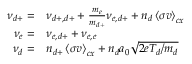
\begin{array} { r l } { \nu _ { d + } = } & { \nu _ { d + , d + } + \frac { m _ { e } } { m _ { d + } } \nu _ { e , d + } + n _ { d } \left< \sigma v \right> _ { c x } } \\ { \nu _ { e } = } & { \nu _ { e , d + } + \nu _ { e , e } } \\ { \nu _ { d } = } & { n _ { d + } \left< \sigma v \right> _ { c x } + n _ { d } a _ { 0 } \sqrt { 2 e T _ { d } / m _ { d } } } \end{array}